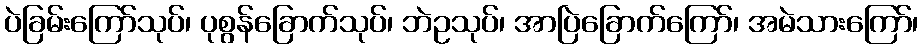
ပဲခြမ်းကြော်သုပ်၊ ပုစွန်ခြောက်သုပ်၊ ဘဲဥသုပ်၊ အာပြဲခြောက်ကြော်၊ အမဲသားကြော်၊